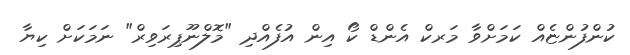
ކުންފުންޏެއް ކަމަށްވާ މަރކް އެންޑް ކޯ އިން އުފެއްދި "މޮލްނޫޕިރަވިރް" ނަމަކަށް ކިޔާ